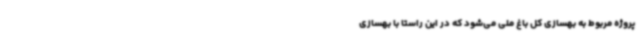
پروژه مربوط به بهسازی کل باغ ملی می‌شود که در این راستا با بهسازی